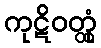
ကုဋိဝတ္ထုံ